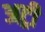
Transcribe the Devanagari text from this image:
अट्री